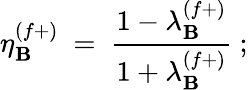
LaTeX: \eta_{\mathbf{B}}^{(f+)}\ =\ \frac{{1-\lambda_{\mathbf{B}}^{(f+)}}}{{1+\lambda_{\mathbf{B}}^{(f+)}}}\ ;